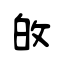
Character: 敀